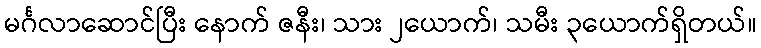
မင်္ဂလာဆောင်ပြီး နောက် ဇနီး၊ သား ၂ယောက်၊ သမီး ၃ယောက်ရှိတယ်။